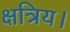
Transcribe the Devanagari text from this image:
क्षत्रिय।